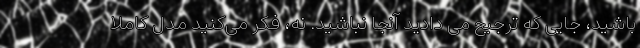
باشید، جایی که ترجیح می دادید آنجا نباشید. نه، فکر می‌کنید مدل کاملاً